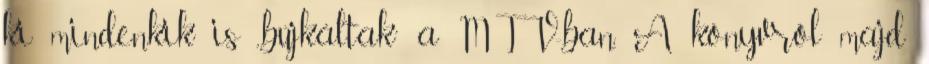
ki mindenkik is „bújkáltak” a MTV-ban. A könyvről majd